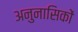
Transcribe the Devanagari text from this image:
अनुनासिकों